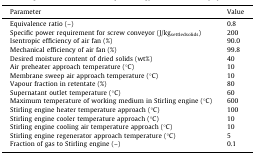
| Parameter | Value |
 | --- | --- |
 | Equivalence ratio (–) | 0.8 |
 | Specific power requirement for screw conveyor (J/kgsettledsolids) | 200 |
 | Isentropic efficiency of air fan (%) | 90.0 |
 | Mechanical efficiency of air fan (%) | 99.8 |
 | Desired moisture content of dried solids (wt%) | 40 |
 | Air preheater approach temperature (°C) | 10 |
 | Membrane sweep air approach temperature (°C) | 10 |
 | Vapour fraction in retentate (%) | 80 |
 | Supernatant outlet temperature (°C) | 60 |
 | Maximum temperature of working medium in Stirling engine (°C) | 600 |
 | Stirling engine heater temperature approach (°C) | 100 |
 | Stirling engine cooler temperature approach (°C) | 10 |
 | Stirling engine cooling air temperature approach (°C) | 10 |
 | Stirling engine regenerator approach temperature (°C) | 5 |
 | Fraction of gas to Stirling engine (–) | 0.1 |